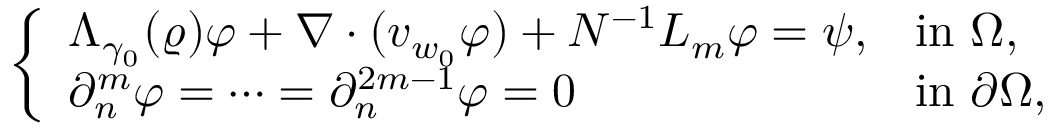
\left\{ \begin{array} { l l } { \Lambda _ { \gamma _ { 0 } } ( \varrho ) \varphi + \nabla \cdot ( v _ { w _ { 0 } } \varphi ) + N ^ { - 1 } L _ { m } \varphi = \psi , } & { \mathrm { i n ~ } \Omega , } \\ { \partial _ { n } ^ { m } \varphi = \cdots = \partial _ { n } ^ { 2 m - 1 } \varphi = 0 } & { \mathrm { i n ~ } \partial \Omega , } \end{array} \right.